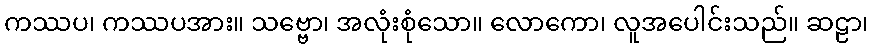
ကဿပ၊ ကဿပအား။ သဗ္ဗော၊ အလုံးစုံသော။ လောကော၊ လူအပေါင်းသည်။ ဆဠာ၊